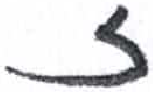
אות: ז